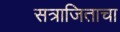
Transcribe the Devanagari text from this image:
सत्राजिताचा